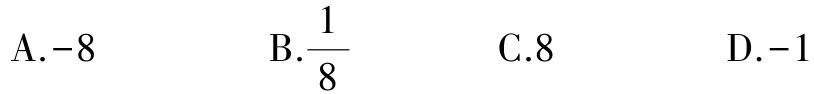
A.$-8$  B.$\frac{1}{8}$  C.$8$  D.$-1$